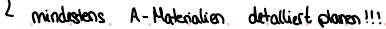
mindestens A-Materialien detalliert planen!!!